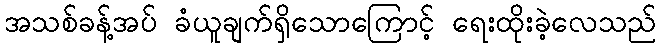
အသစ်ခန့်အပ် ခံယူချက်ရှိသောကြောင့် ရေးထိုးခဲ့လေသည်